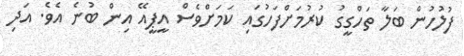
ފުލުހުން ބަލާ ތަހްގީގު ކުރުމަށްފަހުގައި ކަމަށްވެސް އީޕީއޭ އިން ބުނެ އެވެ. އަދި